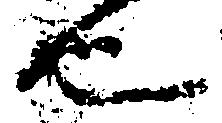
也